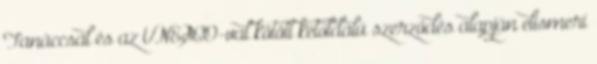
Tanáccsal és az UNESCO-val kötött kétoldalú szerződés alapján elismeri